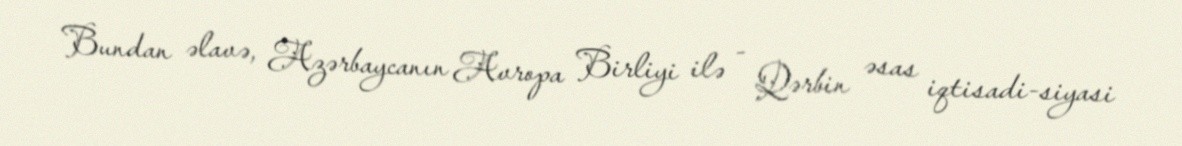
Bundan əlavə, Azərbaycanın Avropa Birliyi ilə - Qərbin əsas iqtisadi-siyasi